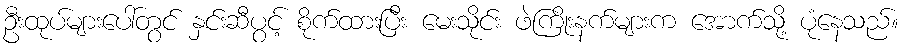
ဦးထုပ်များပေါ်တွင် နှင်းဆီပွင့် စိုက်ထားပြီး မေးသိုင်း ဖဲကြိုးနက်များက အောက်သို့ ပုံနေသည်။